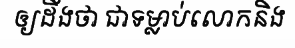
ឲ្យដឹងថា ជាទម្លាប់លោកនិង